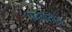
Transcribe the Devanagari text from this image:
पद्धतींतील